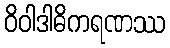
ဝိဝါဒါဓိကရဏဿ